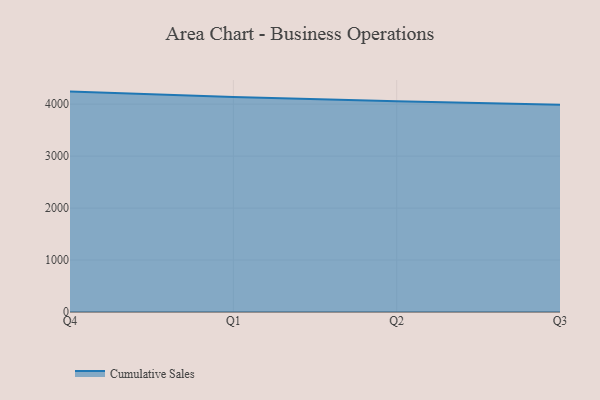
{"axis": {"x": "Quarter", "y": "Bounce Rate (%)"}, "legend": ["Cumulative Sales"], "data": [{"x": "Q4", "y": 4242.1, "type": "Cumulative Sales"}, {"x": "Q1", "y": 4137.4, "type": "Cumulative Sales"}, {"x": "Q2", "y": 4056.4, "type": "Cumulative Sales"}, {"x": "Q3", "y": 3989.7, "type": "Cumulative Sales"}]}